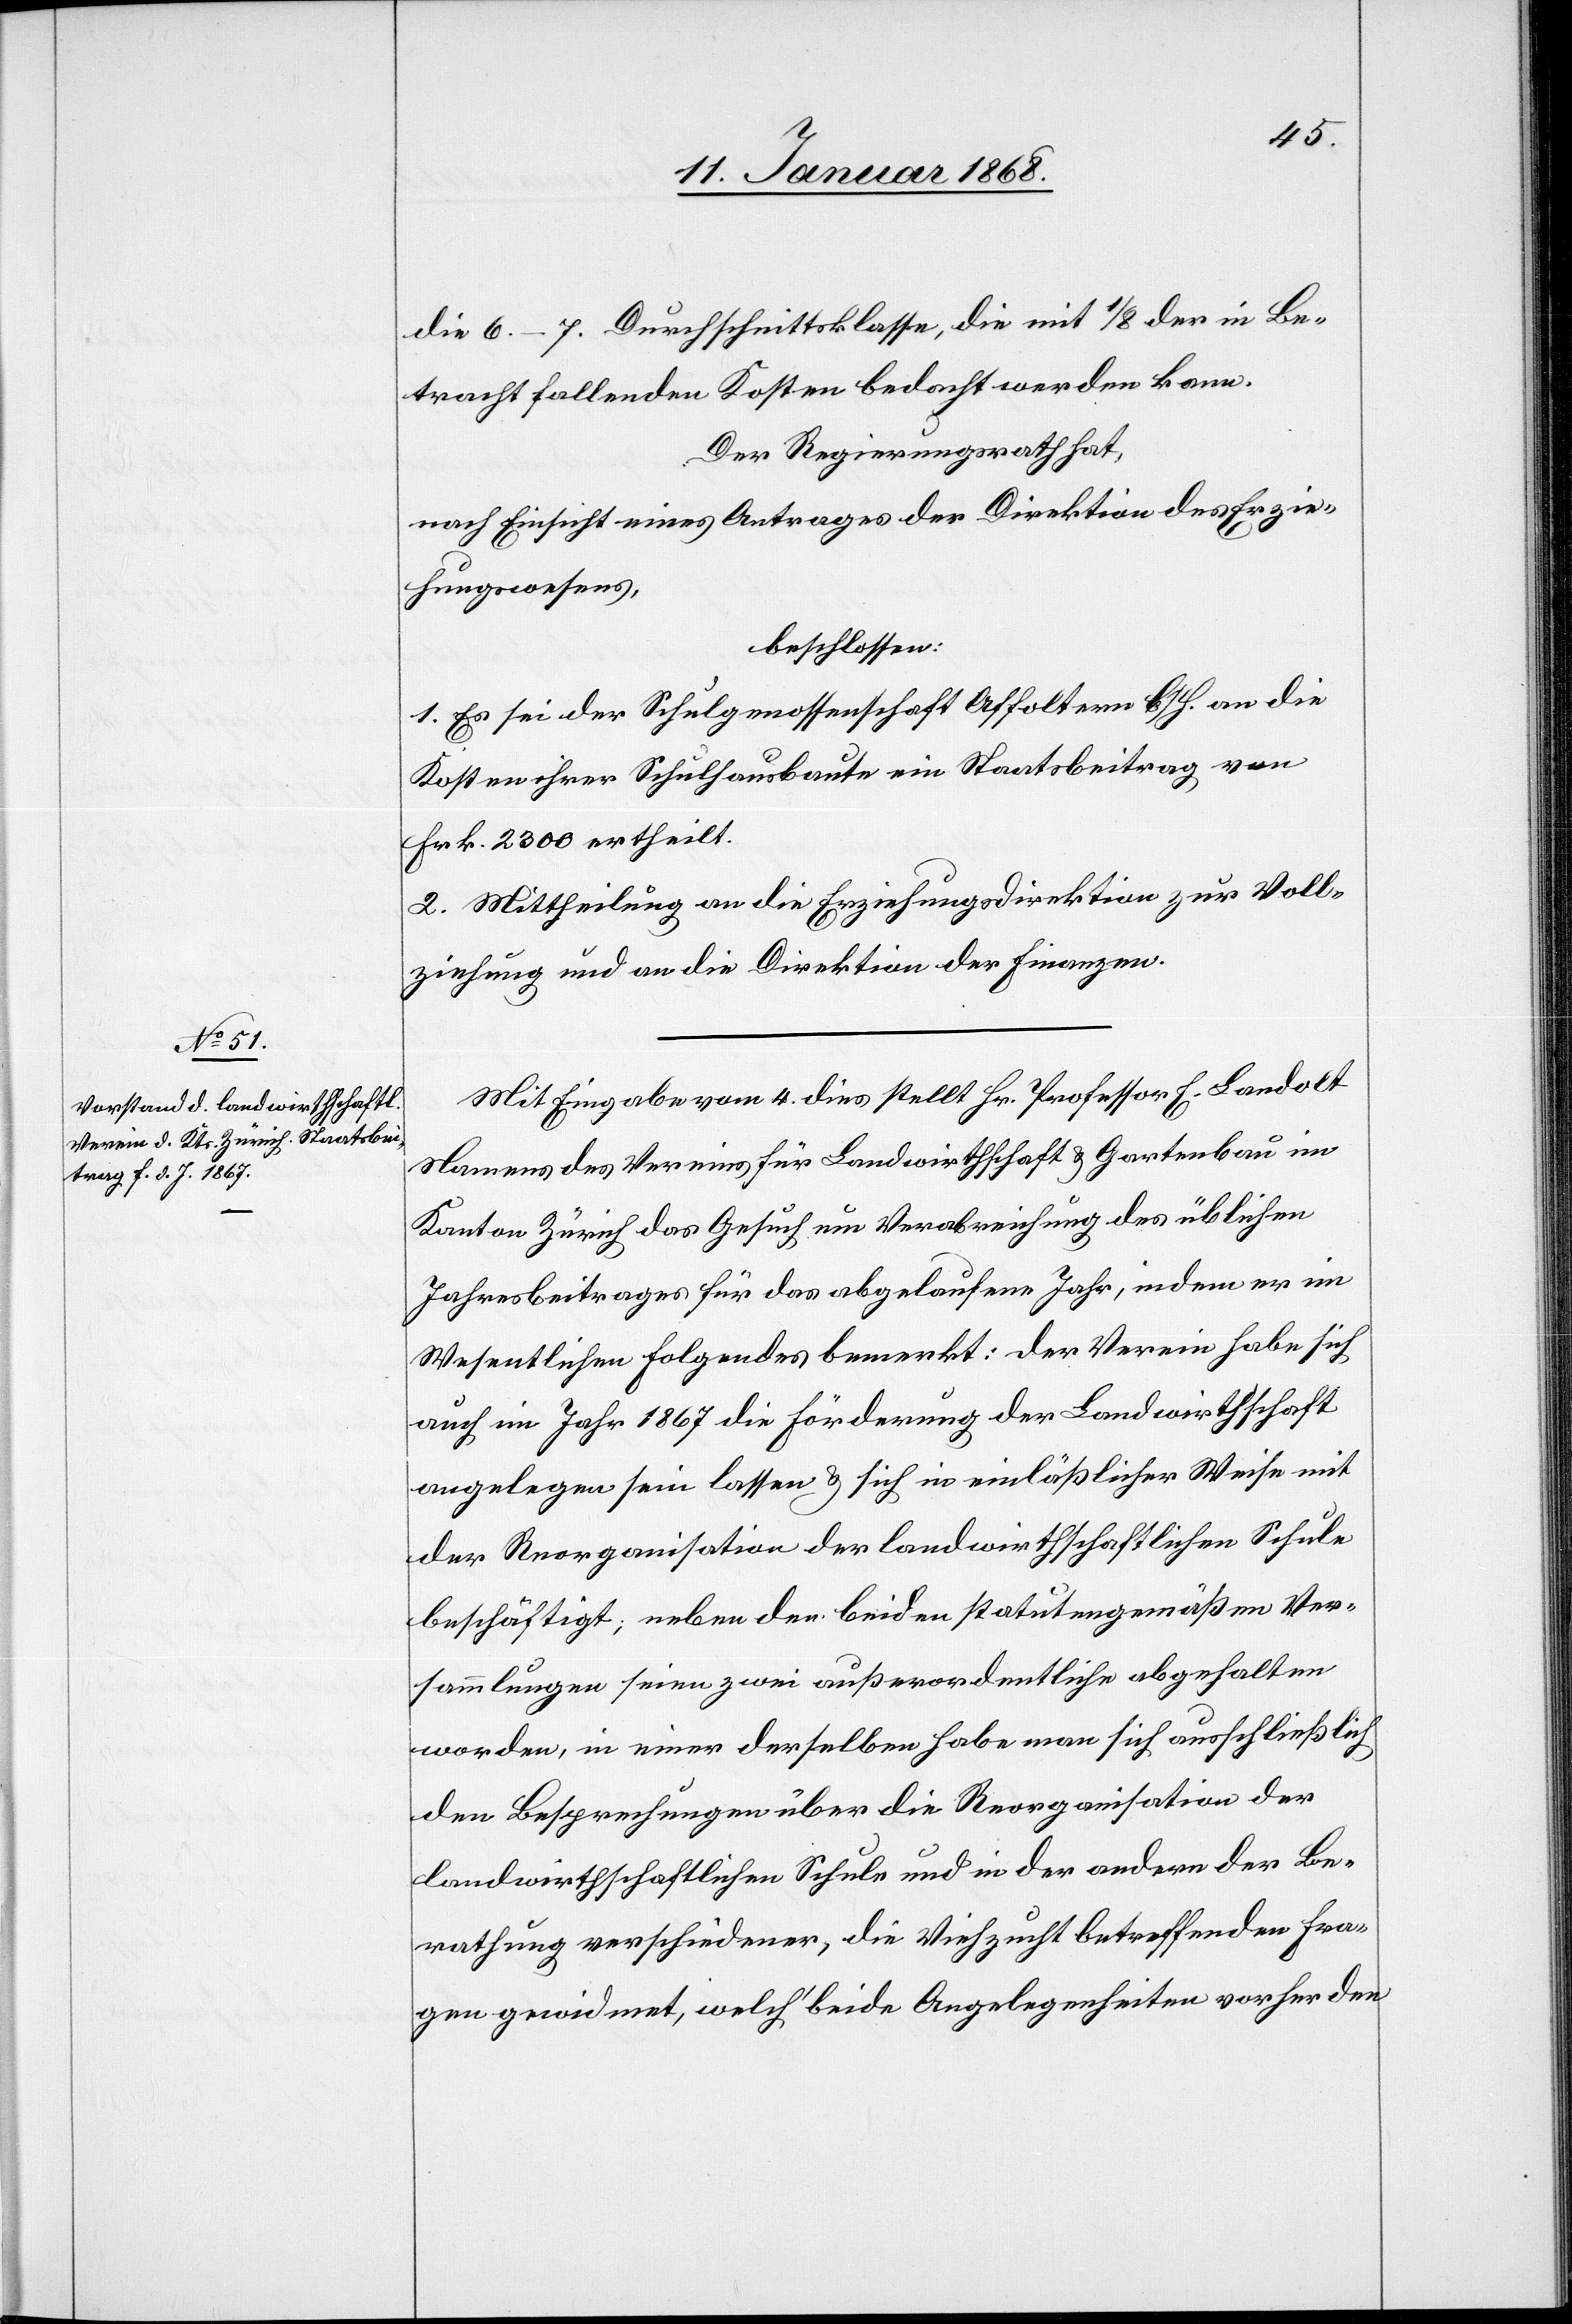
die 6.–7. Durchschnittsklasse, die mit 1/8 der in Be¬
tracht fallenden Kosten bedacht werden kann.
Der Regierungsrath hat,
nach Einsicht eines Antrages der Direktion des Erzie¬
hungswesens,
beschlossen:
1. Es sei der Schulgenossenschaft Affoltern b/H. an die
Kosten ihrer Schulhausbaute ein Staatsbeitrag von
Frk. 2300 ertheilt.
2. Mittheilung an die Erziehungsdirektion zur Voll¬
ziehung und an die Direktion der Finanzen.
Mit Eingabe vom 4. dies stellt Hr. Professor E. Landolt
Namens des Vereins für Landwirthschaft & Gartenbau im
Kanton Zürich das Gesuch um Verabreichung des üblichen
Jahresbeitrages für das abgelaufene Jahr, indem er im
Wesentlichen Folgendes bemerkt: der Verein habe sich
auch im Jahr 1867 die Förderung der Landwirthschaft
angelegen sein lassen & sich in einläßlicher Weise mit
der Reorganisation der landwirthschaftlichen Schule
beschäftigt; neben den beiden statutengemäßen Ver¬
sammlungen seien zwei außerordentliche abgehalten
worden, in einer derselben habe man sich ausschließlich
den Besprechungen über die Reorganisation der
landwirthschaftlichen Schule und in der andern der Be¬
rathung verschiedener, die Viehzucht betreffenden Fra¬
gen gewidmet, welch‘ beide Angelegenheiten vorher den